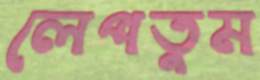
লেপতুম